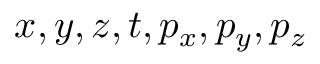
x , y , z , t , p _ { x } , p _ { y } , p _ { z }